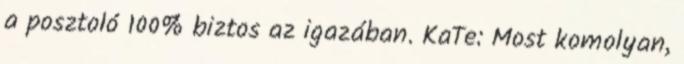
a posztoló 100% biztos az igazában. KaTe: Most komolyan,